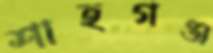
শাহগঞ্জ